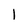
Character: 1